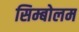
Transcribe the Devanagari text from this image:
सिम्बोलम